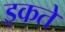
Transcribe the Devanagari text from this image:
इकते